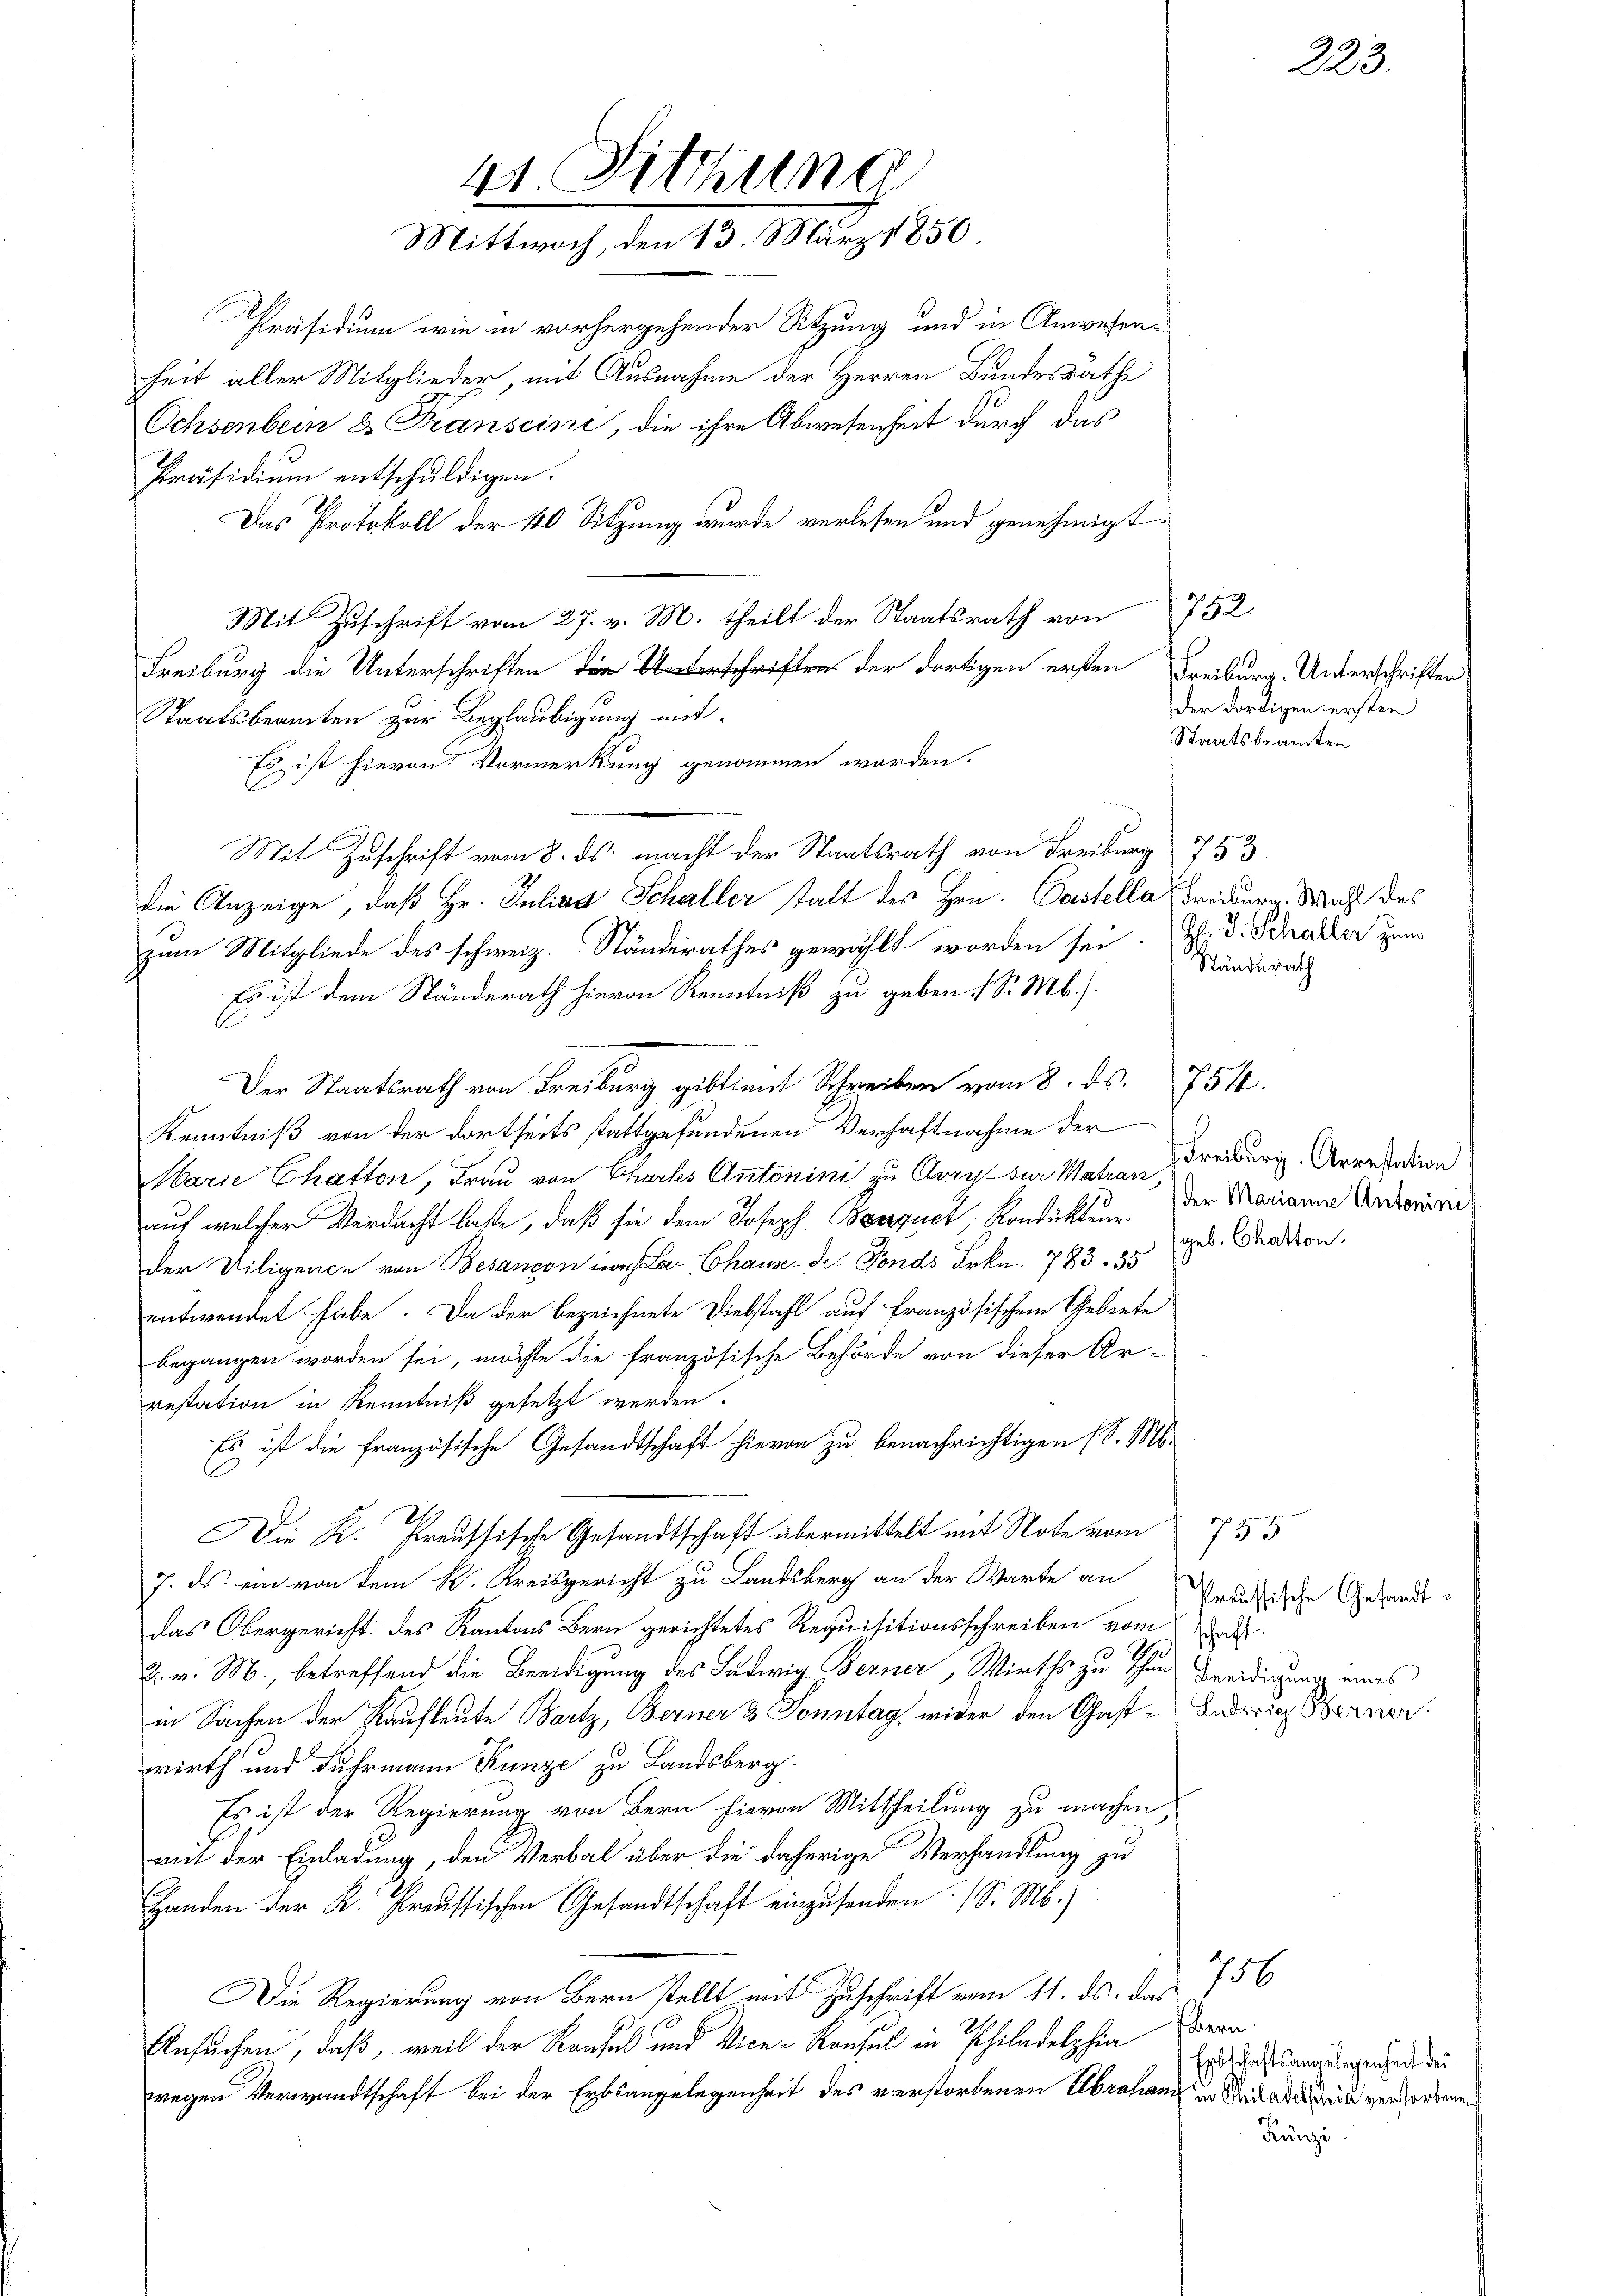
41. Sitzung
Mittwoch, den 13. März 1850.

Präsidium wie in vorhergehender Sitzung und in Anwesenheit aller Mitglieder, mit Ausnahme der Herren Bundesrathe
Ochsenbein & Transcini, die ihre Abwesenheit durch das
Präsidium entschuldigen.
Das Protokoll der 40 Sitzung wurde verlesen und genehmigt
Mit Zuschrift vom 27. v. M. theilt der Staatsrath von 752.
Freiburg die Unterschriften die Unterschriften der dortigen ersten Freiburg, Unterschriften
Staatsbeamten zur Beglaubigung mit
Es ist hievon Vormerkung genommen worden.
Mit Zuschrift vom 8. ds. macht der Staatsrath von Freiburg 753
die Anzeige, daß Hr. Julian Schaller statt des Hrn. Pastella Freiburg. Wahl des
zum Mitgliede des schweiz. Ständerathes gewählt worden sei. Z. d. Schalter zum
Es ist dem Ständerath hievon Kenntniß zu geben S. Mb.).
Der Staatsrath von Freiburg gibtimit Schreiben vom 8. ds. 754.
Kenntniß von der dortseits stattgefundenen Verhaftnahme der
Marie hatten, Frau von Charks Antonini zu Arres zur Matian Freiburg Arretation
auf welcher Verdacht laste, daß sie dem Joseph Barquet Kondukteur der Marianna Anderarii
der Viligence von Besançon nach La-Chause de Fonds Frkn. 783. 35
entwendet habe. Da der bezeichnete Diebstahl auf französischem Gebiete
begangen worden sei, möchte die französische Behörde von dieser Ar-
restation in Kenntniß gesetzt werden.
Es ist die französische Gesandtschaft hievon zu benachrichtigen (S. M.
Die K. Preussische Gesandtschaft übermittelt mit Note vom
7. ds ein von dem K. Kreisgericht zu Landsberg an der Warte an
das Obergericht des Kantons Bern gerichtetes Requisitionsschreiben vom an
10
2. v. M., betreffend die Beeidigung des Ludwig Berner, Wirths zu thun bereidigung eines
in Sachen der Kaufleute Bartz, Berner & Sonntag wider den Gast- Andrig Berner
wirth und Fuhrmann Kunze zu Landsberg.
Es ist der Regierung von Bern hievon Mittheilung zu machen,
mit der Einladung, den Verbal über die daherige Verhandlung zu
Handen der K. Preussischen Gesandtschaft einzusenden. (S. M.)
Die Regierung von Bern stellt mit Zuschrift vom 11. ds. das
Ansuchen, daß, weil der Kaufes und Vice-Konsul in Philadelphia Baron
wegen Verwandtschaft bei der Erbsangelegenheit des verstorbenen Abrahand in Strictadel und verfordenen

der dortigen ersten
Staatsbeamten

Ständerath

(geb. Chatten.

23

795
Preussische Gesandt¬

Erbschaftsangelegenheit des
Künzi

756

2.